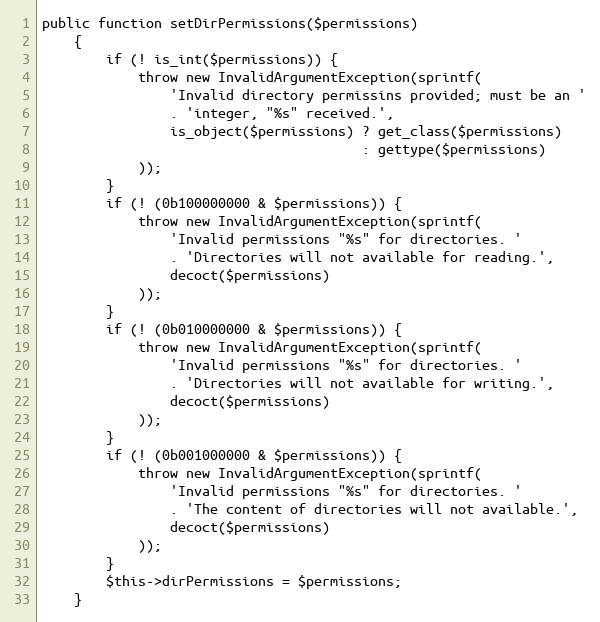
Language: PHP
public function setDirPermissions($permissions)
    {
        if (! is_int($permissions)) {
            throw new InvalidArgumentException(sprintf(
                'Invalid directory permissins provided; must be an '
                . 'integer, "%s" received.',
                is_object($permissions) ? get_class($permissions)
                                        : gettype($permissions)
            ));
        }
        if (! (0b100000000 & $permissions)) {
            throw new InvalidArgumentException(sprintf(
                'Invalid permissions "%s" for directories. '
                . 'Directories will not available for reading.',
                decoct($permissions)
            ));
        }
        if (! (0b010000000 & $permissions)) {
            throw new InvalidArgumentException(sprintf(
                'Invalid permissions "%s" for directories. '
                . 'Directories will not available for writing.',
                decoct($permissions)
            ));
        }
        if (! (0b001000000 & $permissions)) {
            throw new InvalidArgumentException(sprintf(
                'Invalid permissions "%s" for directories. '
                . 'The content of directories will not available.',
                decoct($permissions)
            ));
        }
        $this->dirPermissions = $permissions;
    }